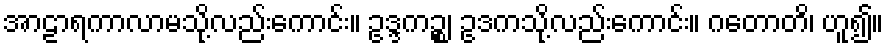
အာဠာရကာလာမသို့လည်းကောင်း။ ဥဒ္ဒကဉ္စ၊ ဥဒကသို့လည်းကောင်း။ ဂတောတိ၊ ဟူ၍။